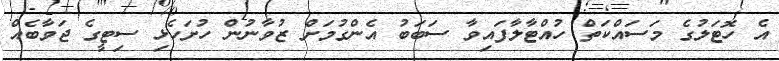
އެ ހޮޓަލުގެ މަސައްކަތް ހުއްޓާލާފައިވާ ސަބަބު އެންގުމަށް ޒުވާނުން ހުށަހެޅި ސިޓީގެ ޖަވާބެއް